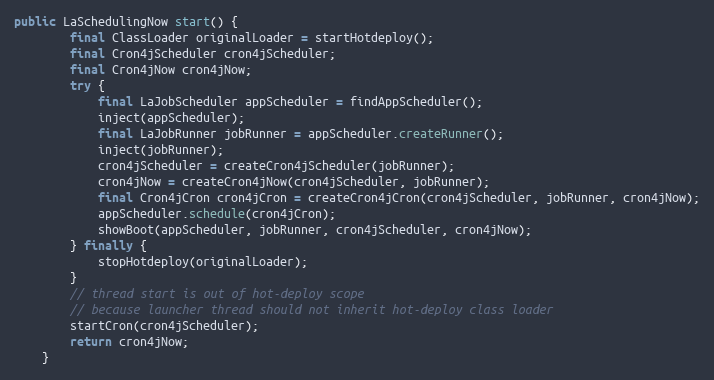
Language: Java
public LaSchedulingNow start() {
        final ClassLoader originalLoader = startHotdeploy();
        final Cron4jScheduler cron4jScheduler;
        final Cron4jNow cron4jNow;
        try {
            final LaJobScheduler appScheduler = findAppScheduler();
            inject(appScheduler);
            final LaJobRunner jobRunner = appScheduler.createRunner();
            inject(jobRunner);
            cron4jScheduler = createCron4jScheduler(jobRunner);
            cron4jNow = createCron4jNow(cron4jScheduler, jobRunner);
            final Cron4jCron cron4jCron = createCron4jCron(cron4jScheduler, jobRunner, cron4jNow);
            appScheduler.schedule(cron4jCron);
            showBoot(appScheduler, jobRunner, cron4jScheduler, cron4jNow);
        } finally {
            stopHotdeploy(originalLoader);
        }
        // thread start is out of hot-deploy scope
        // because launcher thread should not inherit hot-deploy class loader
        startCron(cron4jScheduler);
        return cron4jNow;
    }